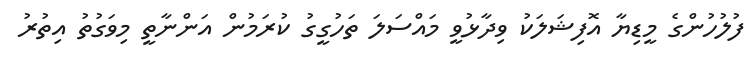
ފުލުހުންގެ މީޑިޔާ އޮފިޝަލަކު ވިދާޅުވީ މައްސަލަ ތަހުގީގު ކުރަމުން އަންނާތީ މިވަގުތު އިތުރު